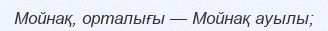
Мойнақ, орталығы — Мойнақ ауылы;